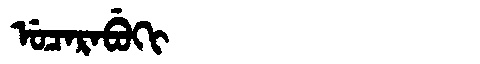
Manchu: ᡠᠴᠠᡵᠠᠪᡠᡴᡳ
Romanization: UCARABUKI